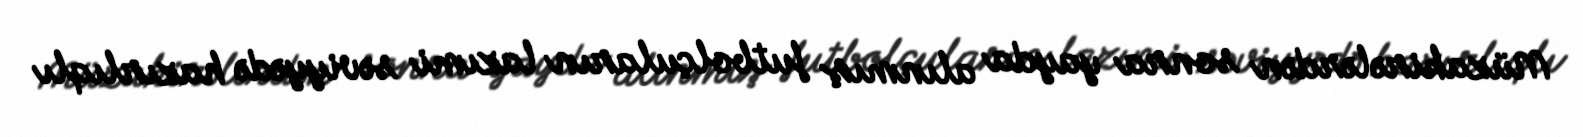
Müzakirələrdən sonra yayda alınmış futbolçuların lazımi səviyyədə hazırlıqlı